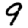
Digit: 9